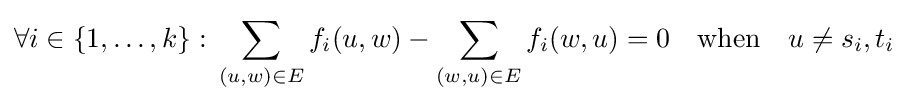
\forall i\in \{1,\ldots ,k\}:\,\sum _{(u,w)\in E}f_{i}(u,w)-\sum _{(w,u)\in E}f_{i}(w,u)=0\quad \mathrm {when} \quad u\neq s_{i},t_{i}